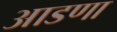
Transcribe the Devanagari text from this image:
आडणा